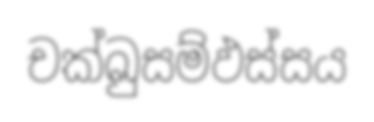
චක්ඛුසම්ඵස්සය